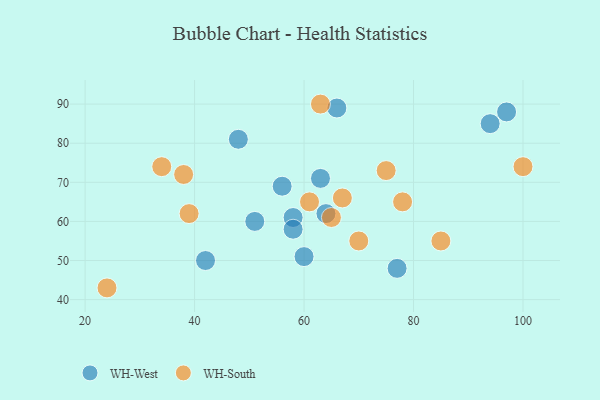
{"axis": {"x": "GDP", "y": "Life Expectancy"}, "legend": ["WH-South", "WH-West"], "data": [{"x": "77", "y": 48, "type": "WH-West"}, {"x": "58", "y": 61, "type": "WH-West"}, {"x": "60", "y": 51, "type": "WH-West"}, {"x": "56", "y": 69, "type": "WH-West"}, {"x": "97", "y": 88, "type": "WH-West"}, {"x": "64", "y": 62, "type": "WH-West"}, {"x": "51", "y": 60, "type": "WH-West"}, {"x": "58", "y": 58, "type": "WH-West"}, {"x": "63", "y": 71, "type": "WH-West"}, {"x": "48", "y": 81, "type": "WH-West"}, {"x": "66", "y": 89, "type": "WH-West"}, {"x": "42", "y": 50, "type": "WH-West"}, {"x": "94", "y": 85, "type": "WH-West"}, {"x": "24", "y": 43, "type": "WH-South"}, {"x": "75", "y": 73, "type": "WH-South"}, {"x": "65", "y": 61, "type": "WH-South"}, {"x": "70", "y": 55, "type": "WH-South"}, {"x": "61", "y": 65, "type": "WH-South"}, {"x": "39", "y": 62, "type": "WH-South"}, {"x": "63", "y": 90, "type": "WH-South"}, {"x": "100", "y": 74, "type": "WH-South"}, {"x": "67", "y": 66, "type": "WH-South"}, {"x": "78", "y": 65, "type": "WH-South"}, {"x": "34", "y": 74, "type": "WH-South"}, {"x": "85", "y": 55, "type": "WH-South"}, {"x": "38", "y": 72, "type": "WH-South"}]}